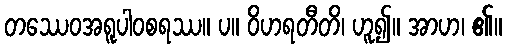
တဿေဝအရူပါဝစရဿ။ ပ။ ဝိဟရတီတိ၊ ဟူ၍။ အာဟ၊ ၏။